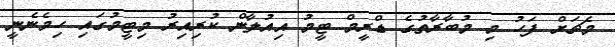
މެޗަށް ފަހު މި މުބާރާތުގެ ޑްރީމް ޓީމު އިއުލާން ކުރިއިރު މިޓީމުގައި ހިމެނެނީ